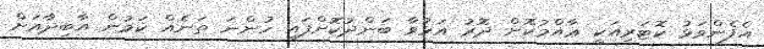
އެފެންވަޅު ކޮޓަރިއަކީ ޢާއްމުކޮށް ދޮރު އަޅުވާ ބަންދުކޮށްފައި ހުންނަ ތަނެއް ކަމުން އާބިދާއަށް